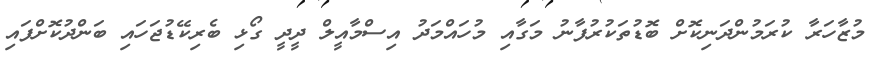
މުޒާހަރާ ކުރަމުންދަނިކޮށް ބޮޑުތަކުރުފާނު މަގާއި މުހައްމަދު އިސްމާއީލް ދީދީ ގޯޅި ބެރިކޭޑުޖަހައި ބަންދުކޮށްފައި